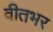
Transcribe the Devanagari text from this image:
वीतभर